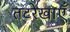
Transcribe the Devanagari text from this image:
तटरेखाएँ